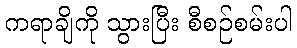
ကရာချိကို သွားပြီး စီစဉ်စမ်းပါ